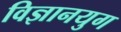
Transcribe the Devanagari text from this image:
विज्ञानयुग